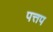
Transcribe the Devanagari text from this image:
पत्तप